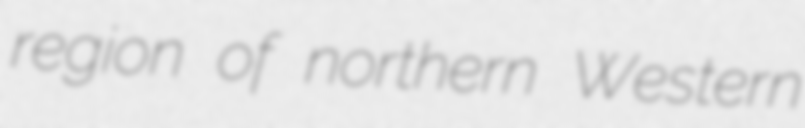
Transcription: region of northern Western